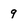
Character: 9